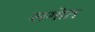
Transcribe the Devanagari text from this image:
सगोत